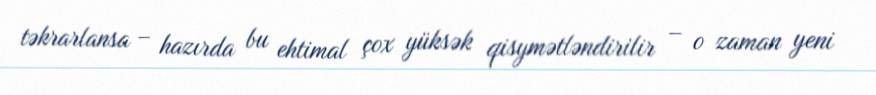
təkrarlansa – hazırda bu ehtimal çox yüksək qisymətləndirilir – o zaman yeni